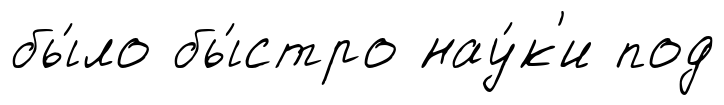
бы́ло бы́стро нау́к'и под